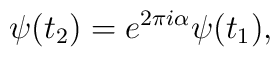
\psi (t_2) = e^{2\pi i\alpha} \psi (t_1),